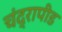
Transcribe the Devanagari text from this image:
चंद्रापीड